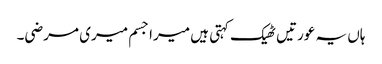
ہاں یہ عورتیں ٹھیک کہتی ہیں میرا جسم میری مرضی۔